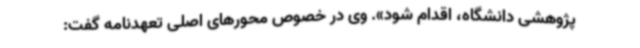
پژوهشی دانشگاه، اقدام شود». وی در خصوص محورهای اصلی تعهدنامه گفت: